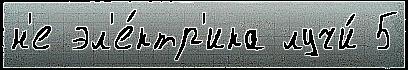
н'е эл'е́ктр'ика лучи́ 5